Indian journal of veterinary science and animal husbandry - Volume 3,
Year: 1933
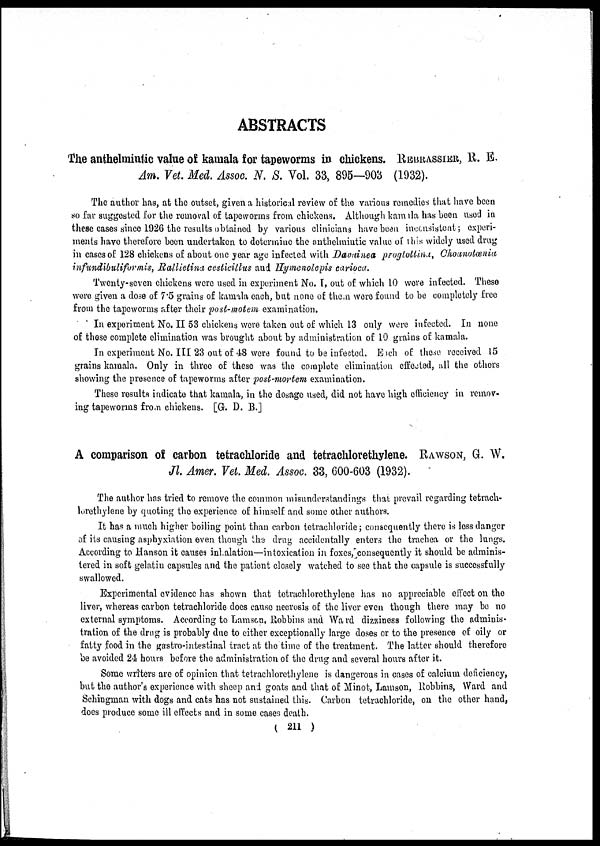
ABSTRACTS
The anthelmintic value of kamala for tapeworms in chickens. REBRASSIER, R. E.
Am. Vet. Med. Assoc. N. S. Vol. 33, 895—903 (1932).
The author has, at the outset, given a historical review of the various remedies that have been
so far suggested for the removal of tapeworms from, chickens. Although kamala has been used in
these cases since 1926 the results obtained by various clinicians have been inconsistent; experi-
ments have therefore been undertaken to determine the anthelmintic value of this widely used drug
in cases of 128 chickens of about one year age infected with Davuinea proglottina, Choanotænia
infundibuliformis, Rallietina cesticiltus and Hymenolepis carioca.
Twenty-seven chickens were used in experiment No. I, out of which 10 were infected. These
were given a dose of 7.5 grains of kamala each, but none of them were found to be completely free
from the tapeworms after their post-motem examination.
In experiment No. II 53 chickens were taken out of which 13 only were infected. In none
of those complete elimination was brought about by administration of 10 grains of kamala.
In experiment No. III 23 out of 48 were found to be infected. Each of these received 15
grains kamala. Only in three of these was the complete elimination effected, all the others
showing the presence of tapeworms after post-mortem examination.
These results indicate that kamala, in the dosage used, did not have high efficiency in remov-
ing tapeworms from chickens. [G. D. B.]
A comparison of carbon tetrachloride and tetrachlorethylene. RAWSON, G. W.
Jl. Amer. Vet. Med. Assoc. 33, 600-603 (1932).
The author has tried to remove the common misunderstandings that prevail regarding tetrach-
lorethylene by quoting the experience of himself and some other authors.
It has a much higher boiling point than carbon tetrachloride; consequently there is less danger
of its causing asphyxiation even though the drug accidentally enters the trachea or the lungs.
According to Hanson it causes inhalation—intoxication in foxes, consequently it should be adminis-
tered in soft gelatin capsules and the patient closely watched to see that the capsule is successfully
swallowed.
Experimental evidence has shown that tetrachlorethylene has no appreciable effect on the
liver, whereas carbon tetrachloride does cause necrosis of the liver even though there may be no
external symptoms. According to Lamson, Robbins and Ward dizziness following the adminis-
tration of the drug is probably due to either exceptionally large doses or to the presence of oily or
fatty food in the gastro-intestinal tract at the time of the treatment. The latter should therefore
be avoided 24 hours before the administration of the drug and several hours after it.
Some writers are of opinion that tetrachlorethylene is dangerous in cases of calcium deficiency,
but the author's experience with sheep and goats and that of Minot, Lamson, Robbins, Ward and
Schingman with dogs and cats has not sustained this. Carbon tetrachloride, on the other hand,
does produce some ill effects and in some cases death.
( 211 )